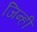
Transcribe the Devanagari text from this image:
जिन्ही